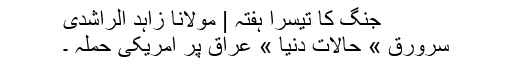
جنگ کا تیسرا ہفتہ | مولانا زاہد الراشدی
سرورق » حالات دنیا » عراق پر امریکی حملہ ۔